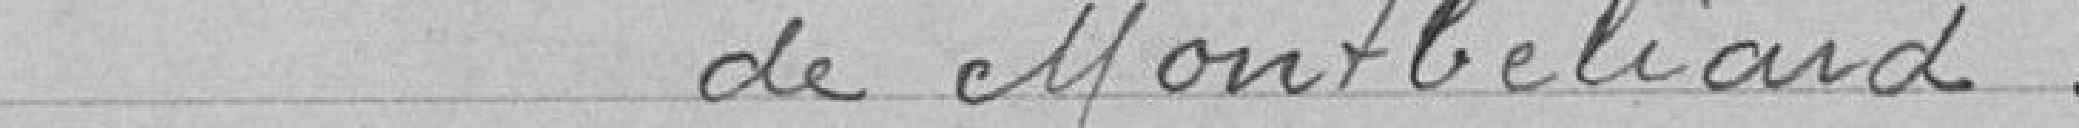
de Montbéliard